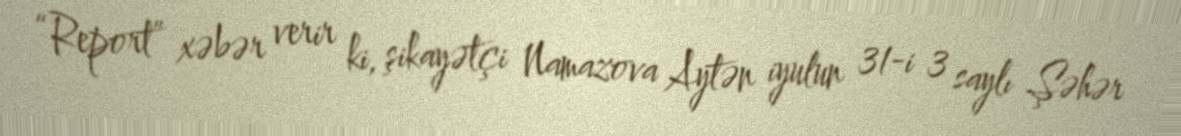
“Report” xəbər verir ki, şikayətçi Namazova Aytən iyulun 31-i 3 saylı Şəhər